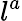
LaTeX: l^{a}